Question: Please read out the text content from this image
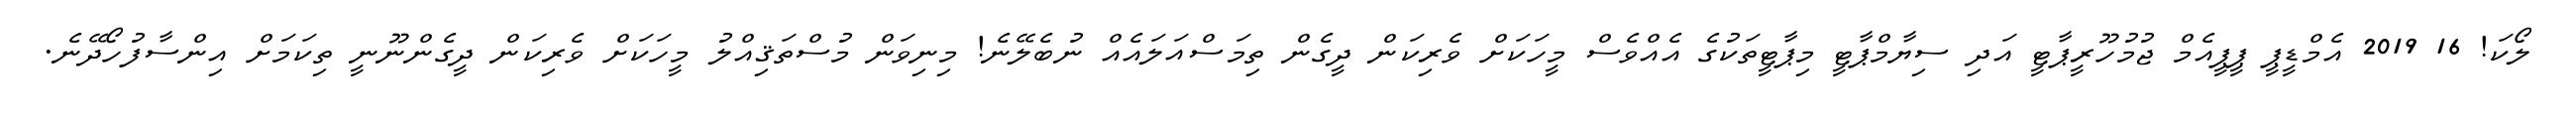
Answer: ލޯކަ! 16 2019 އެމްޑީޕީ ޕީޕީއެމް ޖުމުހޫރީޕާޓީ އަދި ސިޔާމްޕާޓީ މިޕާޓީތަކުގެ އެއްވެސް މީހަކަށް ވެރިކަން ދީގެން ތިމަސްއަލައެއް ނުބެލޭނެ! މިނިވަން މުސްތަޤިއްލު މީހަކަށް ވެރިކަން ދީގެންނޫނީ ތިކަމަށް އިންސާފުހޯދޭނެ.